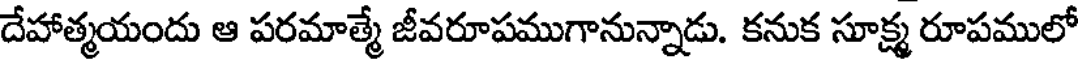
దేహాత్మయందు ఆ పరమాత్మే జీవరూపముగానున్నాడు. కనుక సూక్ష్మ రూపములో